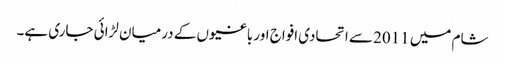
شام میں 2011 سے اتحادی افواج اور باغیوں کے درمیان لڑائی جاری ہے۔